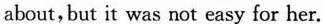
about,but it was not easy for her.